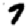
Digit: 7